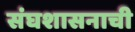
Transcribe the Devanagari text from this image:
संघशासनाची